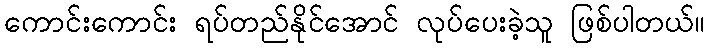
ကောင်းကောင်း ရပ်တည်နိုင်အောင် လုပ်ပေးခဲ့သူ ဖြစ်ပါတယ်။